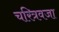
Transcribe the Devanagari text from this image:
चरित्रवजा